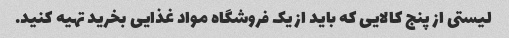
لیستی از پنج کالایی که باید از یک فروشگاه مواد غذایی بخرید تهیه کنید.